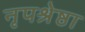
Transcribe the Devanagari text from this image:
नृपश्रेष्ठा